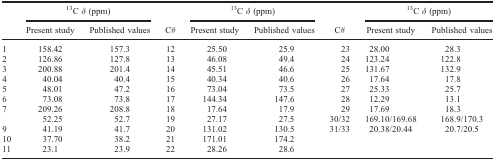
<table><thead><tr><td></td><td colspan="2"><b><sup>13</sup>C δ (ppm)</b></td><td></td><td colspan="2"><b><sup>13</sup>C δ (ppm)</b></td><td></td><td colspan="2"><b><sup>13</sup>C δ (ppm)</b></td></tr><tr><td></td><td><b>Present study</b></td><td><b>Published values</b></td><td><b>C#</b></td><td><b>Present study</b></td><td><b>Published values</b></td><td><b>C#</b></td><td><b>Present study</b></td><td><b>Published values</b></td></tr></thead><tbody><tr><td>1</td><td>158.42</td><td>157.3</td><td>12</td><td>25.50</td><td>25.9</td><td>23</td><td>28.00</td><td>28.3</td></tr><tr><td>2</td><td>126.86</td><td>127.8</td><td>13</td><td>46.08</td><td>49.4</td><td>24</td><td>123.24</td><td>122.8</td></tr><tr><td>3</td><td>200.88</td><td>201.4</td><td>14</td><td>45.51</td><td>46.6</td><td>25</td><td>131.67</td><td>132.9</td></tr><tr><td>4</td><td>40.04</td><td>40.4</td><td>15</td><td>40.34</td><td>40.6</td><td>26</td><td>17.64</td><td>17.8</td></tr><tr><td>5</td><td>48.01</td><td>47.2</td><td>16</td><td>73.04</td><td>73.5</td><td>27</td><td>25.33</td><td>25.7</td></tr><tr><td>6</td><td>73.08</td><td>73.8</td><td>17</td><td>144.34</td><td>147.6</td><td>28</td><td>12.29</td><td>13.1</td></tr><tr><td>7</td><td>209.26</td><td>208.8</td><td>18</td><td>17.64</td><td>17.9</td><td>29</td><td>17.69</td><td>18.3</td></tr><tr><td></td><td>52.25</td><td>52.7</td><td>19</td><td>27.17</td><td>27.5</td><td>30/32</td><td>169.10/169.68</td><td>168.9/170.3</td></tr><tr><td>9</td><td>41.19</td><td>41.7</td><td>20</td><td>131.02</td><td>130.5</td><td>31/33</td><td>20.38/20.44</td><td>20.7/20.5</td></tr><tr><td>10</td><td>37.70</td><td>38.2</td><td>21</td><td>171.01</td><td>174.2</td><td></td><td></td><td></td></tr><tr><td>11</td><td>23.1</td><td>23.9</td><td>22</td><td>28.26</td><td>28.6</td><td></td><td></td><td></td></tr></tbody></table>